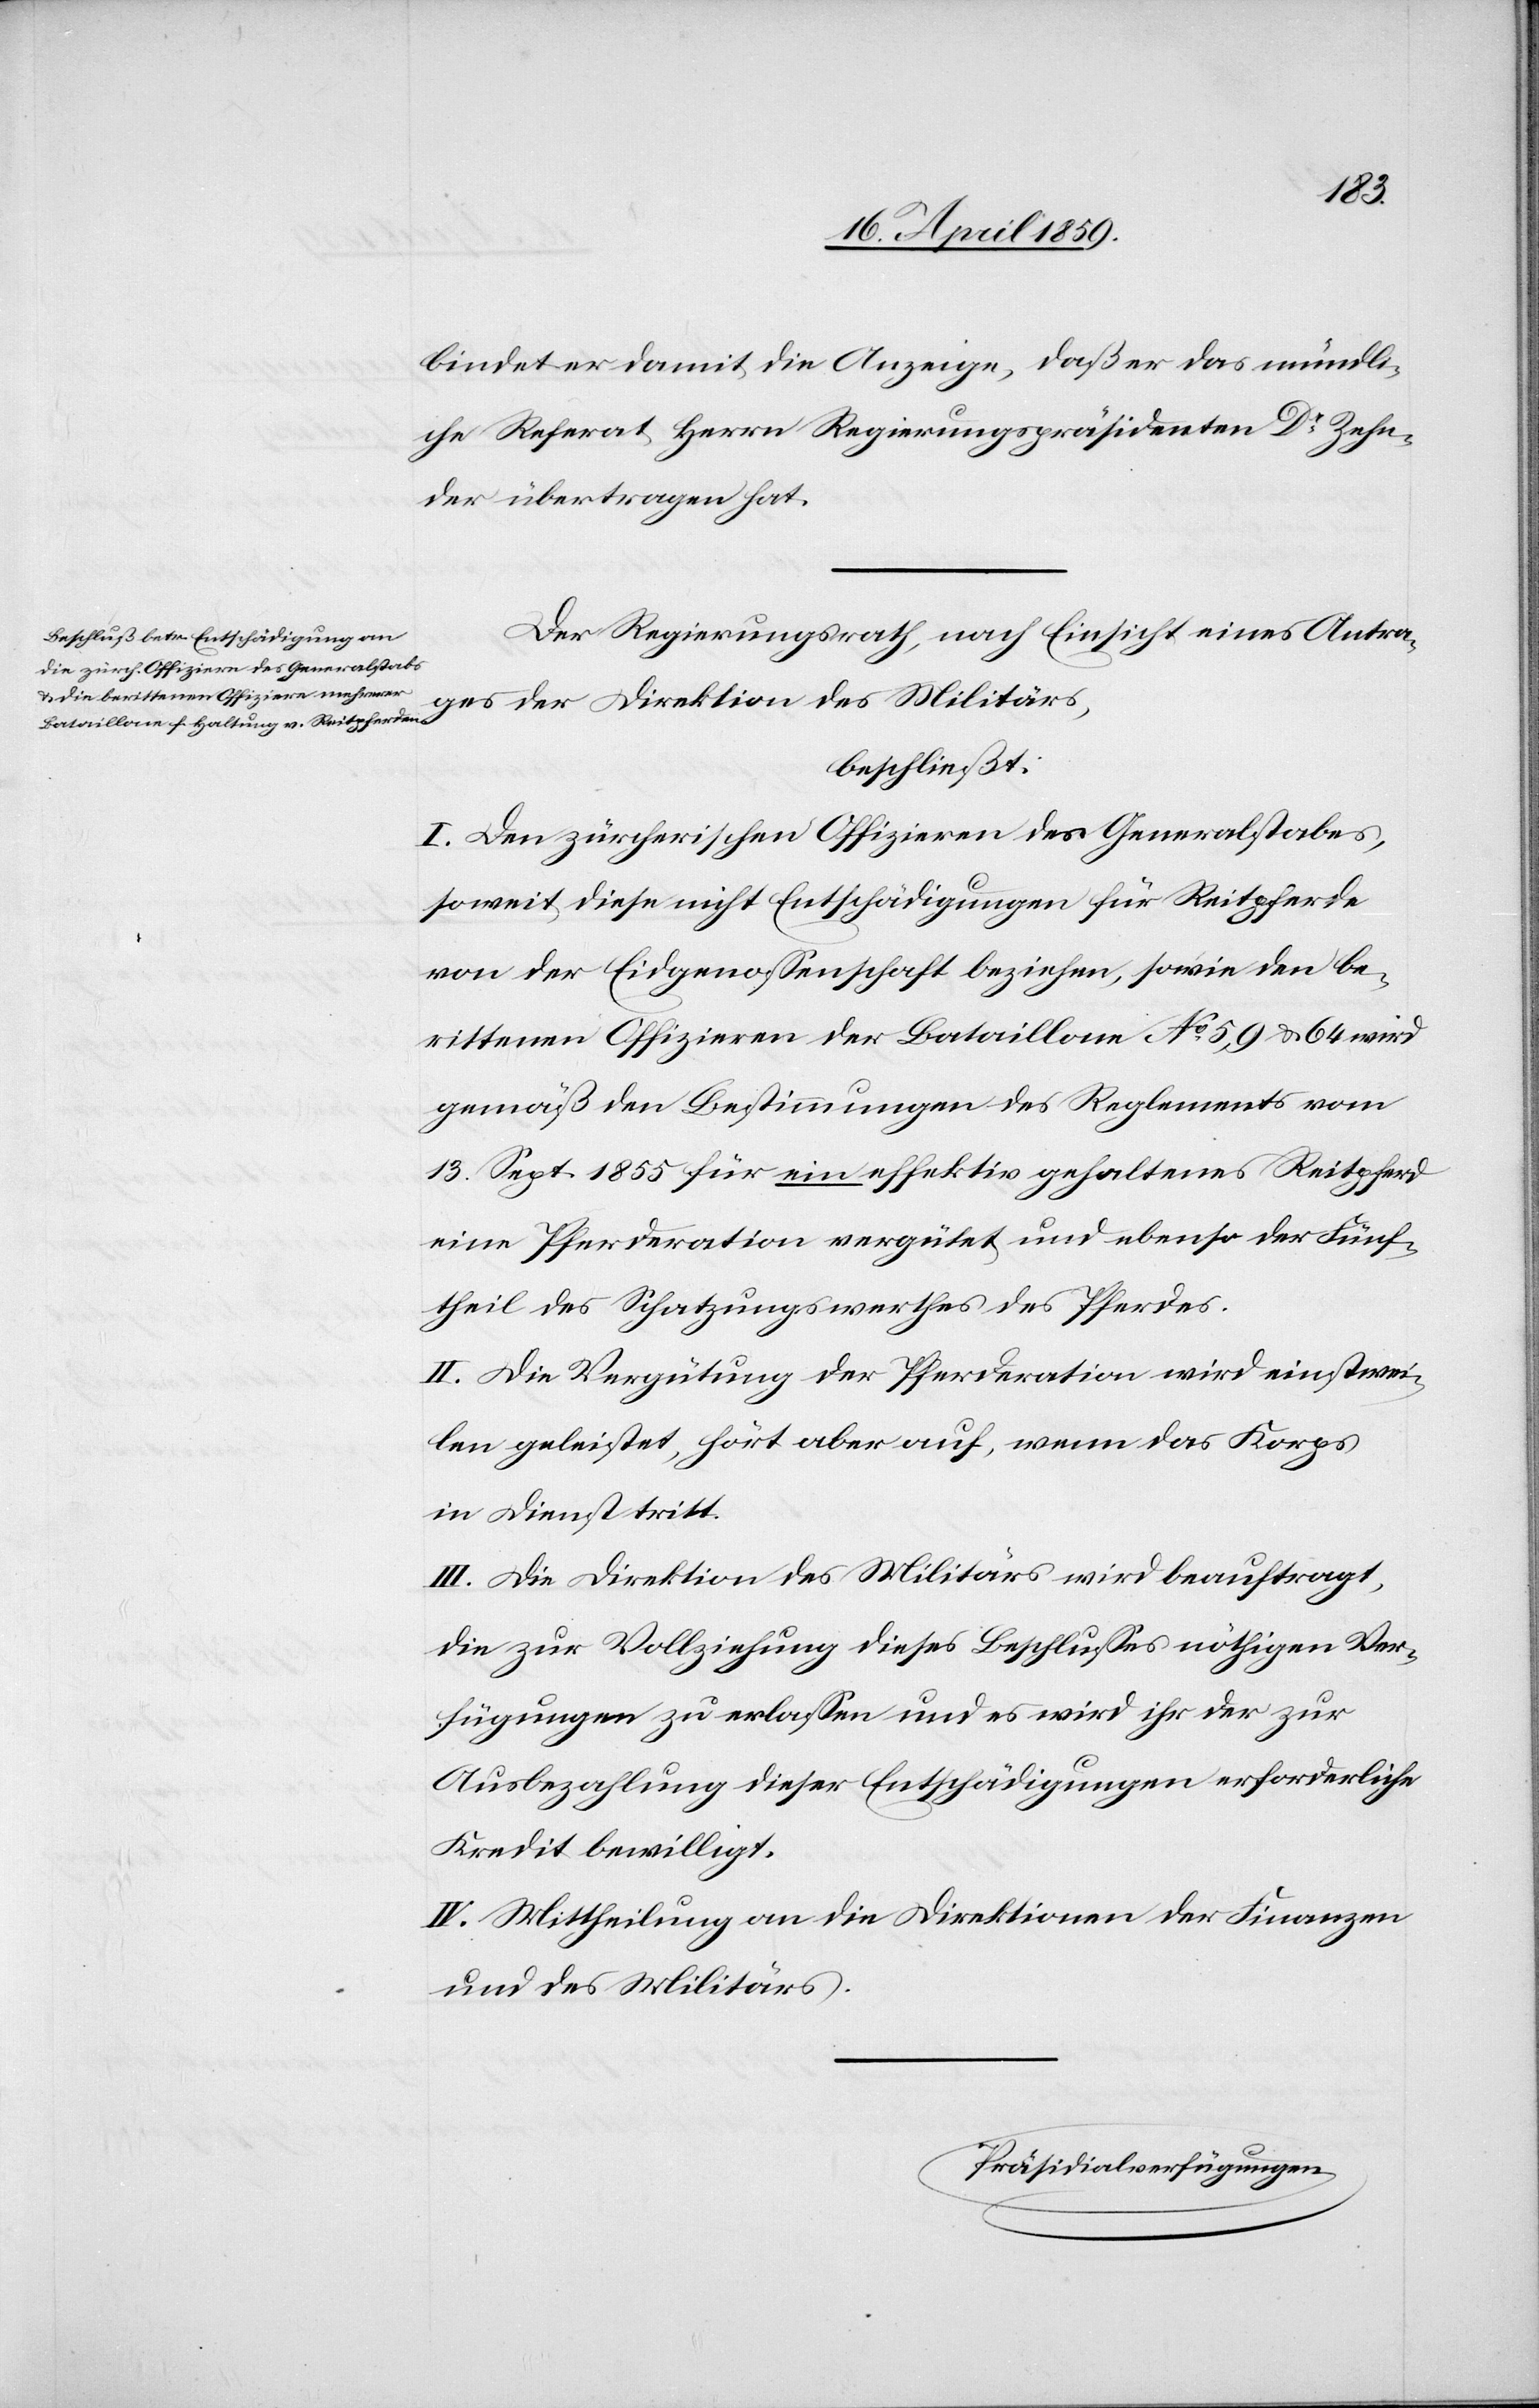
bindet er damit die Anzeige, daß er das mündli¬
che Referat Herrn Regierungspräsidenten Dr. Zehn¬
der übertragen hat.
Der Regierungsrath, nach Einsicht eines Antra¬
ges der Direktion des Militärs,
beschließt:
I. Den zürcherischen Offizieren des Generalstabes,
soweit diese nicht Entschädigungen für Reitpferde
von der Eidgenoßenschaft beziehen, sowie den be¬
rittenen Offizieren der Bataillone No 5, 9 & 64 wird
gemäß den Bestimmungen des Reglements vom
13. Sept. 1855 für ein effektiv gehaltenes Reitpferd
eine Pferderation vergütet und ebenso der Fünf¬
theil des Schatzungswerthes des Pferdes.
II. Die Vergütung der Pferderation wird einstwei¬
len geleistet, hört aber auf, wenn das Korps
in Dienst tritt.
III. Die Direktion des Militärs wird beauftragt,
die zur Vollziehung dieses Beschlußes nöthigen Ver¬
fügungen zu erlaßen und es wird ihr der zur
Ausbezahlung dieser Entschädigungen erforderliche
Kredit bewilligt.
IV. Mittheilung an die Direktion der Finanzen
und des Militärs.